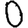
Digit: 0